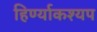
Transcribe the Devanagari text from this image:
हिर्ण्याकश्यप